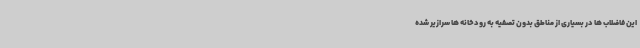
این فاضلاب ها در بسیاری از مناطق بدون تصفیه به رودخانه ها سرازیر شده